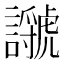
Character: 𧭣